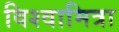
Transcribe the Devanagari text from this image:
विश्वामित्रा